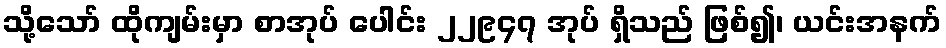
သို့သော် ထိုကျမ်းမှာ စာအုပ် ပေါင်း ၂၂၉၄၇ အုပ် ရှိသည် ဖြစ်၍၊ ယင်းအနက်